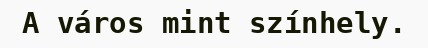
A város mint színhely.